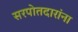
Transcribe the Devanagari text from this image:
सरपोतदारांना